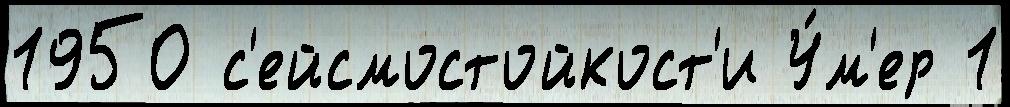
1950 с'ейсмостойкост'и У́м'ер 1